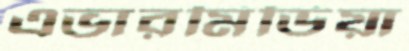
এভারমিডিয়া